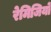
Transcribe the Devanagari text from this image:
रेमिजियो